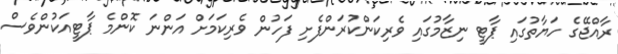
ރާއްޖޭގެ ހަޔާތުގައި ޕާޓީ ނިޒާމުގައި ވެރިކަންކުރަންފެށި ފަހުން ވެރިކަމަށް އަންނަ ކޮންމެ ޕާޓީއަކުންވެސް